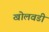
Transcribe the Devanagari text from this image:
खोलवडी